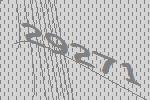
29271